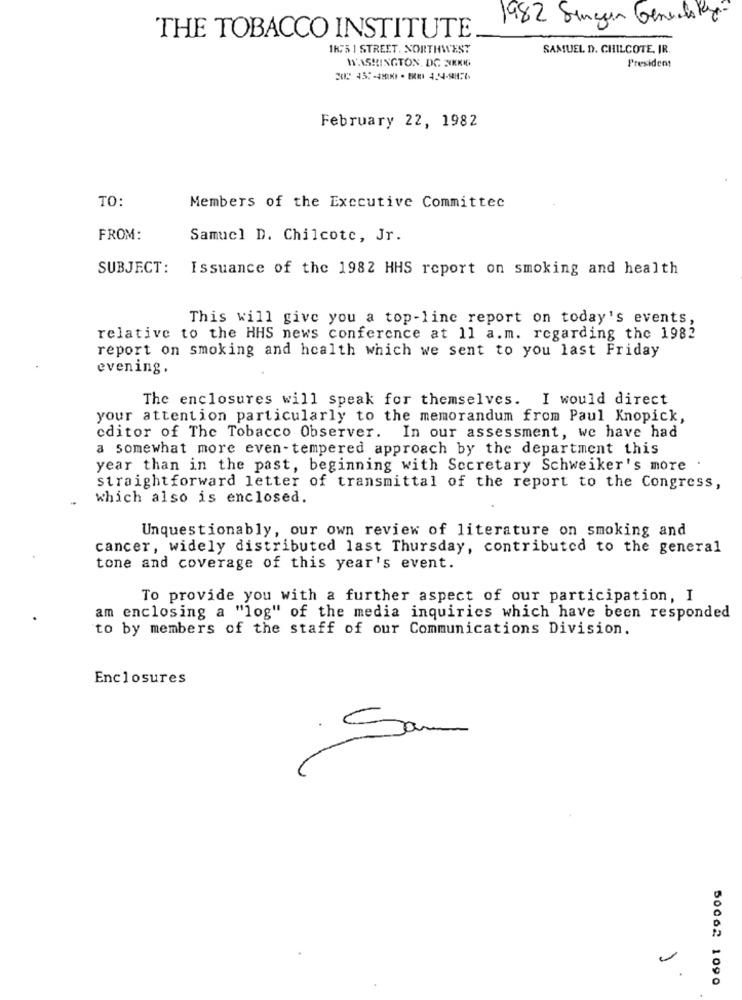
1982 Sangen Generally-
THE TOBACCO INSTITUTE
1K75 1 STREET. NORTHWEST
SAMUEL D. CHILCOTE, IR.
WASHINGTON, DC NIKKIG
President
February 22, 1982
TO:
Members of the Executive Committee
FROM:
Samuel D. Chilcote, Jr.
SUBJECT:
Issuance of the 1982 HHS report on smoking and health
This will give you a top-line report on today's events,
relative to the HHS news conference at 11 a.m. regarding the 1982
report on smoking and health which we sent to you last Friday
evening.
The enclosures will speak for themselves. I would direct
your attention particularly to the memorandum from Paul Knopick,
editor of The Tobacco Observer. In our assessment, we have had
a somewhat more even-tempered approach by the department this
year than in the past, beginning with Secretary Schweiker's more
straightforward letter of transmittal of the report to the Congress,
which also is enclosed.
Unquestionably, our own review of literature on smoking and
cancer, widely distributed last Thursday, contributed to the general
tone and coverage of this year's event.
To provide you with a further aspect of our participation, I
am enclosing a "log" of the media inquiries which have been responded
to by members of the staff of our Communications Division.
Enclosures
San
-
50062 1090